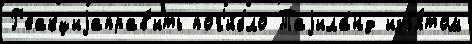
Р'еакциjаправ'ить пог'и́бло Таjила́нд изъя́том